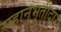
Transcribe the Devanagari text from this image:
सहानुभूतीदार